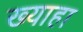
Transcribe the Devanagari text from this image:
ख्याहा